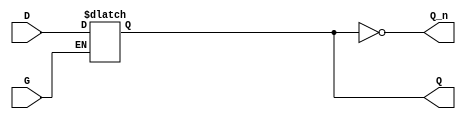
module async_gated_latch (
    input wire D,      // Data Input
    input wire G,      // Enable Signal
    output reg Q,      // Output
    output wire Q_n    // Complement of Output
);

// Complement Output
assign Q_n = ~Q;

// Always block to implement the latch functionality
always @(*) begin
    if (G) begin
        // When G is high, Q follows D
        Q = D;
    end
    // When G is low, Q retains its previous state
    // No need to assign Q here; it will hold its value
end

endmodule